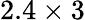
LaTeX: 2.4\times 3